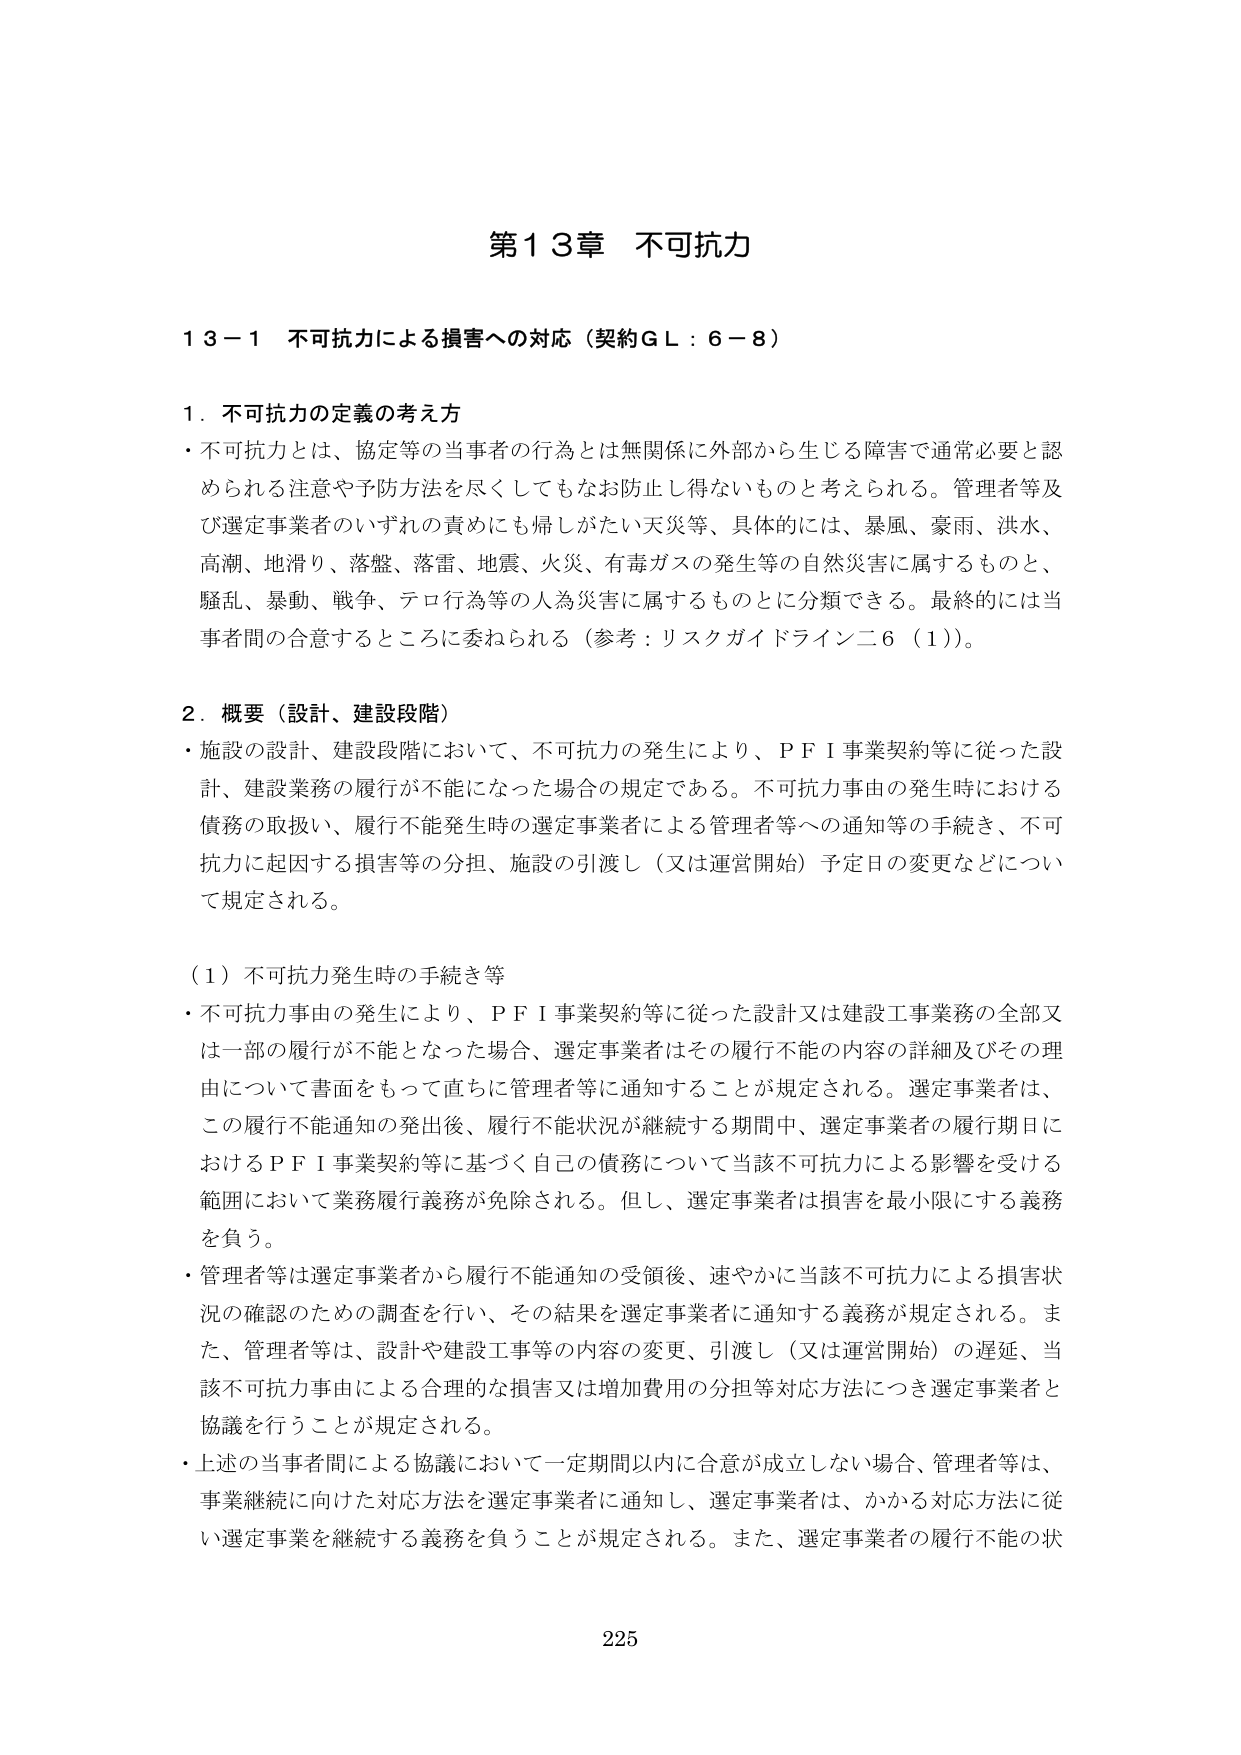
第１３章 不可抗力

１３－１ 不可抗力による損害への対応（契約ＧＬ：６－８）

１．不可抗力の定義の考え方
・不可抗力とは、協定等の当事者の行為とは無関係に外部から生じる障害で通常必要と認められる注意や予防方法を尽くしてもなお防止し得ないものと考えられる。管理者等及び選定事業者のいずれの責めにも帰しがたい天災等、具体的には、暴風、豪雨、洪水、高潮、地滑り、落盤、落雷、地震、火災、有毒ガスの発生等の自然災害に属するものと、騒乱、暴動、戦争、テロ行為等の人為災害に属するものとに分類できる。最終的には当事者間の合意するところに委ねられる（参考：リスクガイドライン二６（1））。

２．概要（設計、建設段階）
・施設の設計、建設段階において、不可抗力の発生により、ＰＦＩ事業契約等に従った設計、建設業務の履行が不能になった場合の規定である。不可抗力事由の発生時における債務の取扱い、履行不能発生時の選定事業者による管理者等への通知等の手続き、不可抗力に起因する損害等の分担、施設の引渡し（又は運営開始）予定日の変更などについて規定される。

（１）不可抗力発生時の手続き等
・不可抗力事由の発生により、ＰＦＩ事業契約等に従った設計又は建設工事業務の全部又は一部の履行が不能となった場合、選定事業者はその履行不能の内容の詳細及びその理由について書面をもって直ちに管理者等に通知することが規定される。選定事業者は、この履行不能通知の発出後、履行不能状況が継続する期間中、選定事業者の履行期日におけるＰＦＩ事業契約等に基づく自己の債務について当該不可抗力による影響を受ける範囲において業務履行義務が免除される。但し、選定事業者は損害を最小限にする義務を負う。
・管理者等は選定事業者から履行不能通知の受領後、速やかに当該不可抗力による損害状況の確認のための調査を行い、その結果を選定事業者に通知する義務が規定される。また、管理者等は、設計や建設工事等の内容の変更、引渡し（又は運営開始）の遅延、当該不可抗力事由による合理的な損害又は増加費用の分担等対応方法につき選定事業者と協議を行うことが規定される。
・上述の当事者間による協議において一定期間以内に合意が成立しない場合、管理者等は、事業継続に向けた対応方法を選定事業者に通知し、選定事業者は、かかる対応方法に従い選定事業を継続する義務を負うことが規定される。また、選定事業者の履行不能の状

225